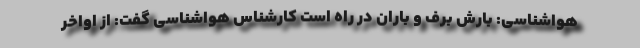
هواشناسی: بارش برف و باران در راه است کارشناس هواشناسی گفت: از اواخر